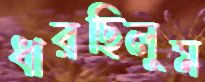
ধারছিলুম